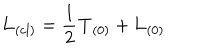
LaTeX: { \bf L } _ { ( c l ) } = \frac { 1 } { 2 } { \bf T } _ { ( 0 ) } + { \bf L } _ { ( 0 ) }